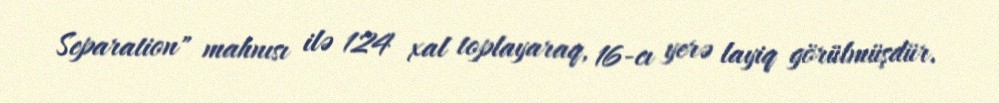
Separation" mahnısı ilə 124 xal toplayaraq, 16-cı yerə layiq görülmüşdür.